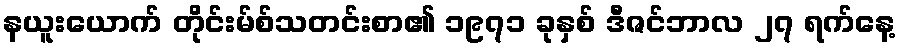
နယူးယောက် တိုင်းမ်စ်သတင်းစာ၏ ၁၉၇၁ ခုနှစ် ဒီဇင်ဘာလ ၂၇ ရက်နေ့